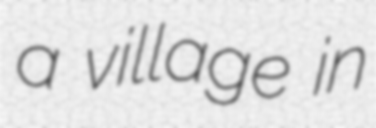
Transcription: a village in